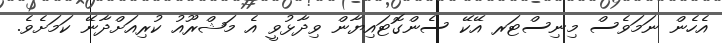
އެހެން ނަމަވެސް މިނިސްޓަރ އޭކޭ ސެންގޮޓައިޔާން ވިދާޅުވީ އެ މަޝްރޫއު ކުރިއަށްދާނޭ ކަމަށެވެ.